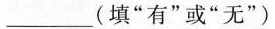
___(填”有”或”无”)